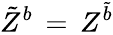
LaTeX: \tilde{Z}^{b}\, =\, Z^{\tilde{b}}